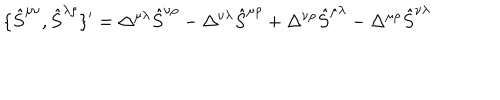
\{ \hat { S } ^ { \mu \nu } , \hat { S } ^ { \lambda \rho } \} ^ { \prime } = \Delta ^ { \mu \lambda } \hat { S } ^ { \nu \rho } - \Delta ^ { \nu \lambda } \hat { S } ^ { \mu \rho } + \Delta ^ { \nu \rho } \hat { S } ^ { \mu \lambda } - \Delta ^ { \mu \rho } \hat { S } ^ { \nu \lambda }